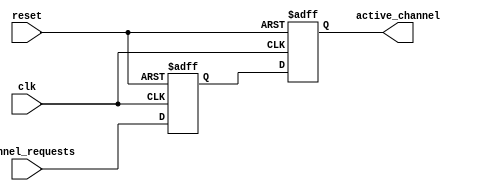
module serial_arbiter (
    input wire clk,
    input wire reset,
    input wire [7:0] channel_requests,
    output reg [7:0] active_channel
);

reg [7:0] internal_channel_requests;

always @(posedge clk or posedge reset) begin
    if (reset) begin
        internal_channel_requests <= 8'b00000000;
        active_channel <= 8'b00000000;
    end else begin
        internal_channel_requests <= channel_requests;
        
        // Priority logic for selecting active channel based on predefined rules
        // Insert prioritization logic here
        
        active_channel <= internal_channel_requests;
    end
end

endmodule